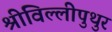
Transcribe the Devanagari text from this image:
श्रीविल्लीपुथुर